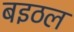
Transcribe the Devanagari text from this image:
बइठल